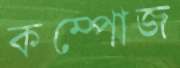
কম্পোজ